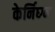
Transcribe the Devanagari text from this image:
केर्निघ्ग्न